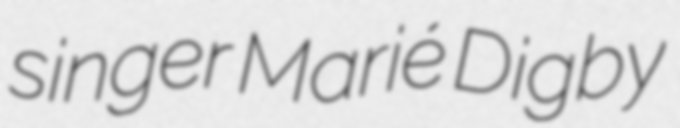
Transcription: singer Marié Digby